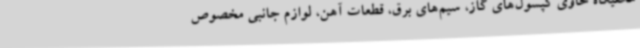
مخفیگاه حاوی کپسول‌های گاز، سیم‌های برق، قطعات آهن، لوازم جانبی مخصوص